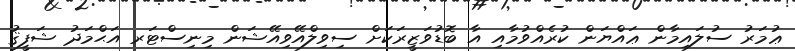
ޢުމަރު ސުލައިމާން ޢައްޔަން ކުރެއްވުމާއި އާ ބޮޑުވަޒީރަކަށް ސިވިލްއޭވިއޭޝަން މިނިސްޓަރ އަޙްމަދު ޝަފީޤު